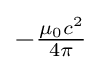
-{\tfrac {\mu _{0}c^{2}}{4\pi }}